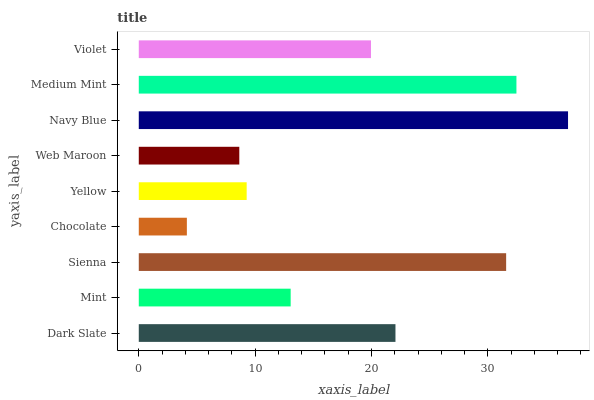
| yaxis_label | bars |
 | --- | --- |
 | Dark Slate | 22.1 |
 | Mint | 13.1 |
 | Sienna | 31.6 |
 | Chocolate | 4.13 |
 | Yellow | 9.27 |
 | Web Maroon | 8.64 |
 | Navy Blue | 36.9 |
 | Medium Mint | 32.5 |
 | Violet | 20 |